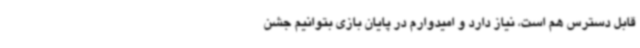
قابل دسترس هم است، نیاز دارد و امیدوارم در پایان بازی بتوانیم جشن